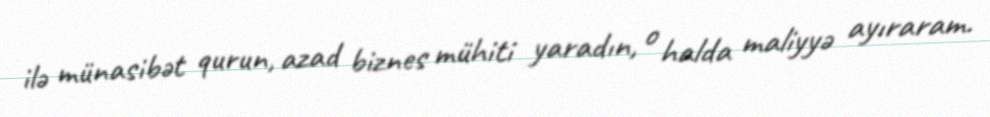
ilə münasibət qurun, azad biznes mühiti yaradın, o halda maliyyə ayıraram.